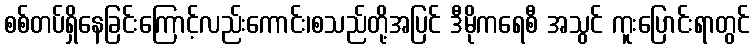
စစ်တပ်ရှိနေခြင်းကြောင့်လည်းကောင်း၊စသည်တို့အပြင် ဒီမိုကရေစီ အသွင် ကူးပြောင်းရာတွင်